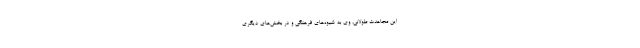
این‌ مجاهدت‌ طولانی، وی‌ به‌ شیوه‌های‌ فرهنگی‌ و در بخش‌های‌ دیگری‌